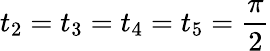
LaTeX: t_{2}=t_{3}=t_{4}=t_{5}=\frac{\pi}{2}